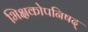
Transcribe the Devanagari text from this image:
भिक्षकोपनिषद्